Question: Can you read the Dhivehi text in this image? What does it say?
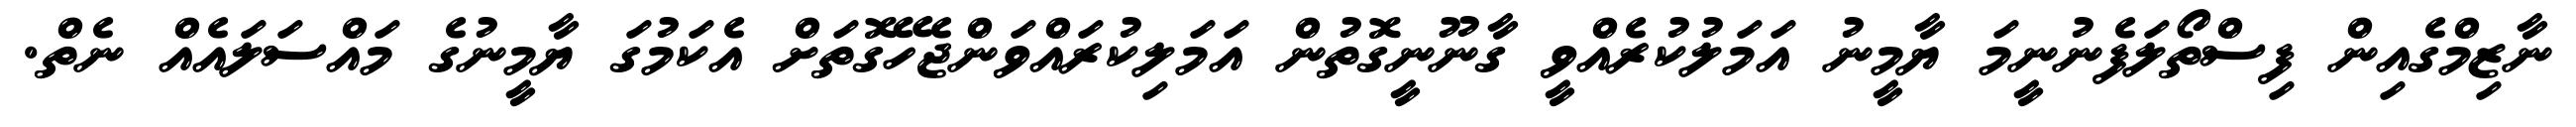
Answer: ނާޒިމްގެއިން ފިސްތޯލަފެނުނީމަ ޔާމީނު އަމަލުކުރެއްވީ ގާނޫނީގޮތުން އަމަލިކުރައްވަންޖެހޭގޮތަށް އެކަމުގަ ޔާމީނުގެ މައްސަލައެއް ނެތް.